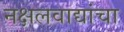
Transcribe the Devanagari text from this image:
नक्षलवाद्यांचा